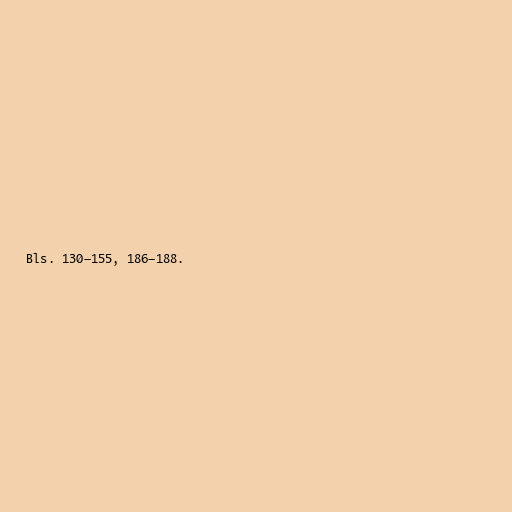
Bls. 130–155, 186–188.